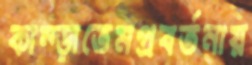
কাম্‌ড়াতেমপ্রবর্তনায়